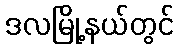
ဒလမြို့နယ်တွင်